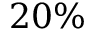
2 0 \%